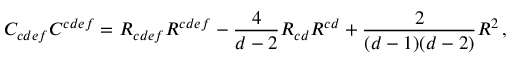
C _ { c d e f } C ^ { c d e f } = R _ { c d e f } R ^ { c d e f } - { \frac { 4 } { d - 2 } } R _ { c d } R ^ { c d } + { \frac { 2 } { ( d - 1 ) ( d - 2 ) } } R ^ { 2 } \, ,